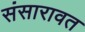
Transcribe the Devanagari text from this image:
संसारावत